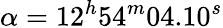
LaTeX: \alpha=12^{h}54^{m}04.10^{s}